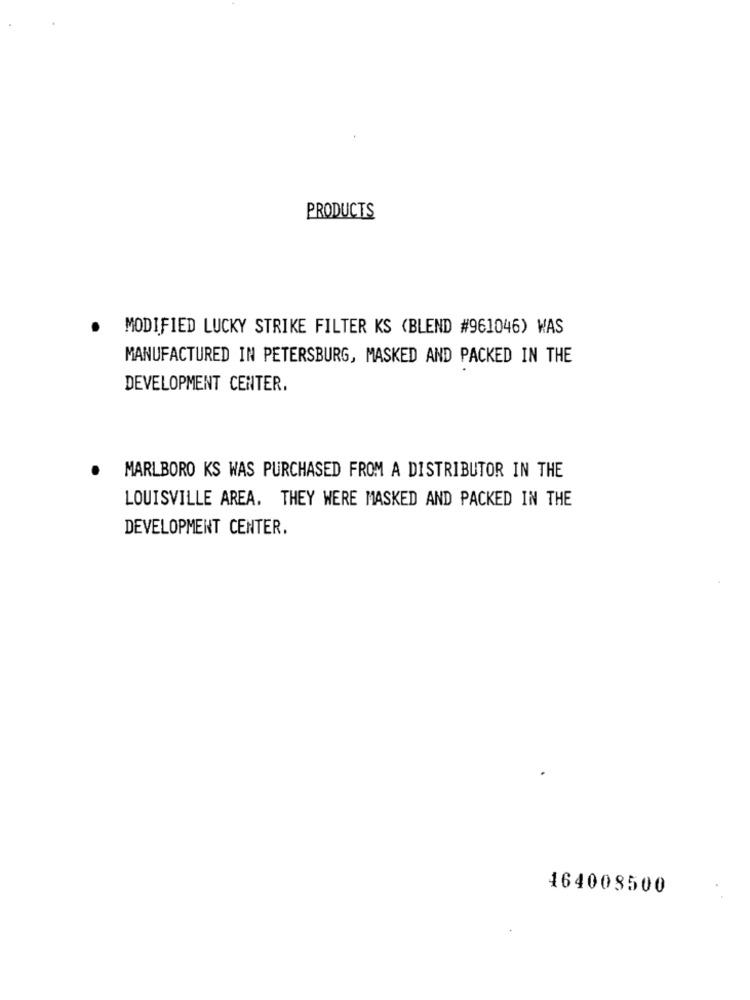
PRODUCTS
.
MODIFIED LUCKY STRIKE FILTER KS (BLEND #961046) WAS
MANUFACTURED IN PETERSBURG, MASKED AND PACKED IN THE
DEVELOPMENT CENTER.
.
MARLBORO KS WAS PURCHASED FROM A DISTRIBUTOR IN THE
LOUISVILLE AREA. THEY WERE MASKED AND PACKED IN THE
DEVELOPMENT CENTER.
464008500